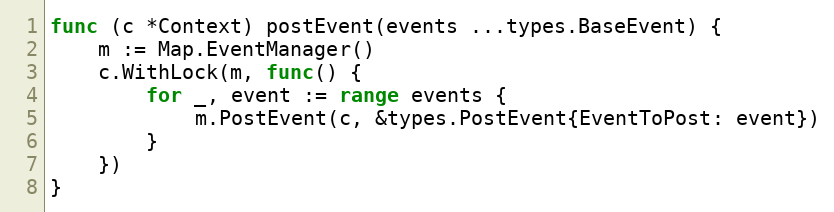
Language: Go
func (c *Context) postEvent(events ...types.BaseEvent) {
	m := Map.EventManager()
	c.WithLock(m, func() {
		for _, event := range events {
			m.PostEvent(c, &types.PostEvent{EventToPost: event})
		}
	})
}